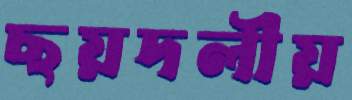
ছয়দলীয়